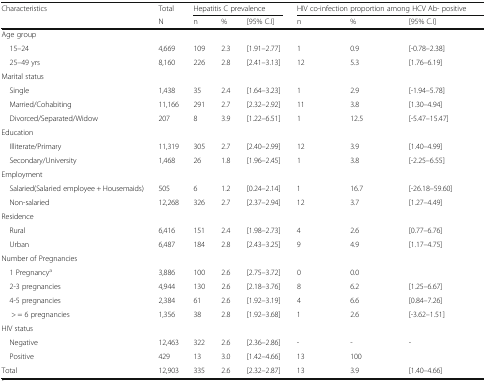
<table><thead><tr><td rowspan="2"><b>Characteristics</b></td><td><b>Total</b></td><td colspan="3"><b>Hepatitis C prevalence</b></td><td colspan="3"><b>HIV co-infection proportion among HCV Ab- positive</b></td></tr><tr><td><b>N</b></td><td><b>n</b></td><td><b>%</b></td><td><b>[95% C.I]</b></td><td><b>n</b></td><td><b>%</b></td><td><b>[95% C.I]</b></td></tr></thead><tbody><tr><td colspan="8">Age group</td></tr><tr><td> 15–24</td><td>4,669</td><td>109</td><td>2.3</td><td>[1.91–2.77]</td><td>1</td><td>0.9</td><td>[-0.78–2.38]</td></tr><tr><td> 25–49 yrs</td><td>8,160</td><td>226</td><td>2.8</td><td>[2.41–3.13]</td><td>12</td><td>5.3</td><td>[1.76–6.19]</td></tr><tr><td colspan="8">Marital status</td></tr><tr><td> Single</td><td>1,438</td><td>35</td><td>2.4</td><td>[1.64–3.23]</td><td>1</td><td>2.9</td><td>[-1.94–5.78]</td></tr><tr><td> Married/Cohabiting</td><td>11,166</td><td>291</td><td>2.7</td><td>[2.32–2.92]</td><td>11</td><td>3.8</td><td>[1.30–4.94]</td></tr><tr><td> Divorced/Separated/Widow</td><td>207</td><td>8</td><td>3.9</td><td>[1.22–6.51]</td><td>1</td><td>12.5</td><td>[-5.47–15.47]</td></tr><tr><td colspan="8">Education</td></tr><tr><td> Illiterate/Primary</td><td>11,319</td><td>305</td><td>2.7</td><td>[2.40–2.99]</td><td>12</td><td>3.9</td><td>[1.40–4.99]</td></tr><tr><td> Secondary/University</td><td>1,468</td><td>26</td><td>1.8</td><td>[1.96–2.45]</td><td>1</td><td>3.8</td><td>[-2.25–6.55]</td></tr><tr><td colspan="8">Employment</td></tr><tr><td> Salaried(Salaried employee + Housemaids)</td><td>505</td><td>6</td><td>1.2</td><td>[0.24–2.14]</td><td>1</td><td>16.7</td><td>[-26.18–59.60]</td></tr><tr><td> Non-salaried</td><td>12,268</td><td>326</td><td>2.7</td><td>[2.37–2.94]</td><td>12</td><td>3.7</td><td>[1.27–4.49]</td></tr><tr><td colspan="8">Residence</td></tr><tr><td> Rural</td><td>6,416</td><td>151</td><td>2.4</td><td>[1.98–2.73]</td><td>4</td><td>2.6</td><td>[0.77–6.76]</td></tr><tr><td> Urban</td><td>6,487</td><td>184</td><td>2.8</td><td>[2.43–3.25]</td><td>9</td><td>4.9</td><td>[1.17–4.75]</td></tr><tr><td colspan="8">Number of Pregnancies</td></tr><tr><td> 1 Pregnancy<sup>a</sup></td><td>3,886</td><td>100</td><td>2.6</td><td>[2.75–3.72]</td><td>0</td><td>0.0</td><td></td></tr><tr><td> 2-3 pregnancies</td><td>4,944</td><td>130</td><td>2.6</td><td>[2.18–3.76]</td><td>8</td><td>6.2</td><td>[1.25–6.67]</td></tr><tr><td> 4-5 pregnancies</td><td>2,384</td><td>61</td><td>2.6</td><td>[1.92–3.19]</td><td>4</td><td>6.6</td><td>[0.84–7.26]</td></tr><tr><td>&gt; = 6 pregnancies</td><td>1,356</td><td>38</td><td>2.8</td><td>[1.92–3.68]</td><td>1</td><td>2.6</td><td>[-3.62–1.51]</td></tr><tr><td colspan="8">HIV status</td></tr><tr><td> Negative</td><td>12,463</td><td>322</td><td>2.6</td><td>[2.36–2.86]</td><td>-</td><td>-</td><td>-</td></tr><tr><td> Positive</td><td>429</td><td>13</td><td>3.0</td><td>[1.42–4.66]</td><td>13</td><td>100</td><td></td></tr><tr><td>Total</td><td>12,903</td><td>335</td><td>2.6</td><td>[2.32–2.87]</td><td>13</td><td>3.9</td><td>[1.40–4.66]</td></tr></tbody></table>